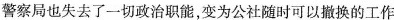
警察局也失去了一切政治职能，变为公社随时可以撤换的工作